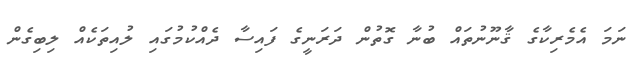
ނަމަ އެމެރިކާގެ ޤާނޫނުތައް ބުނާ ގޮތުން ދަރަނީގެ ފައިސާ ދެއްކުމުގައި ލުއިތަކެއް ލިބިގެން